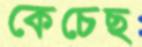
কেচেছ